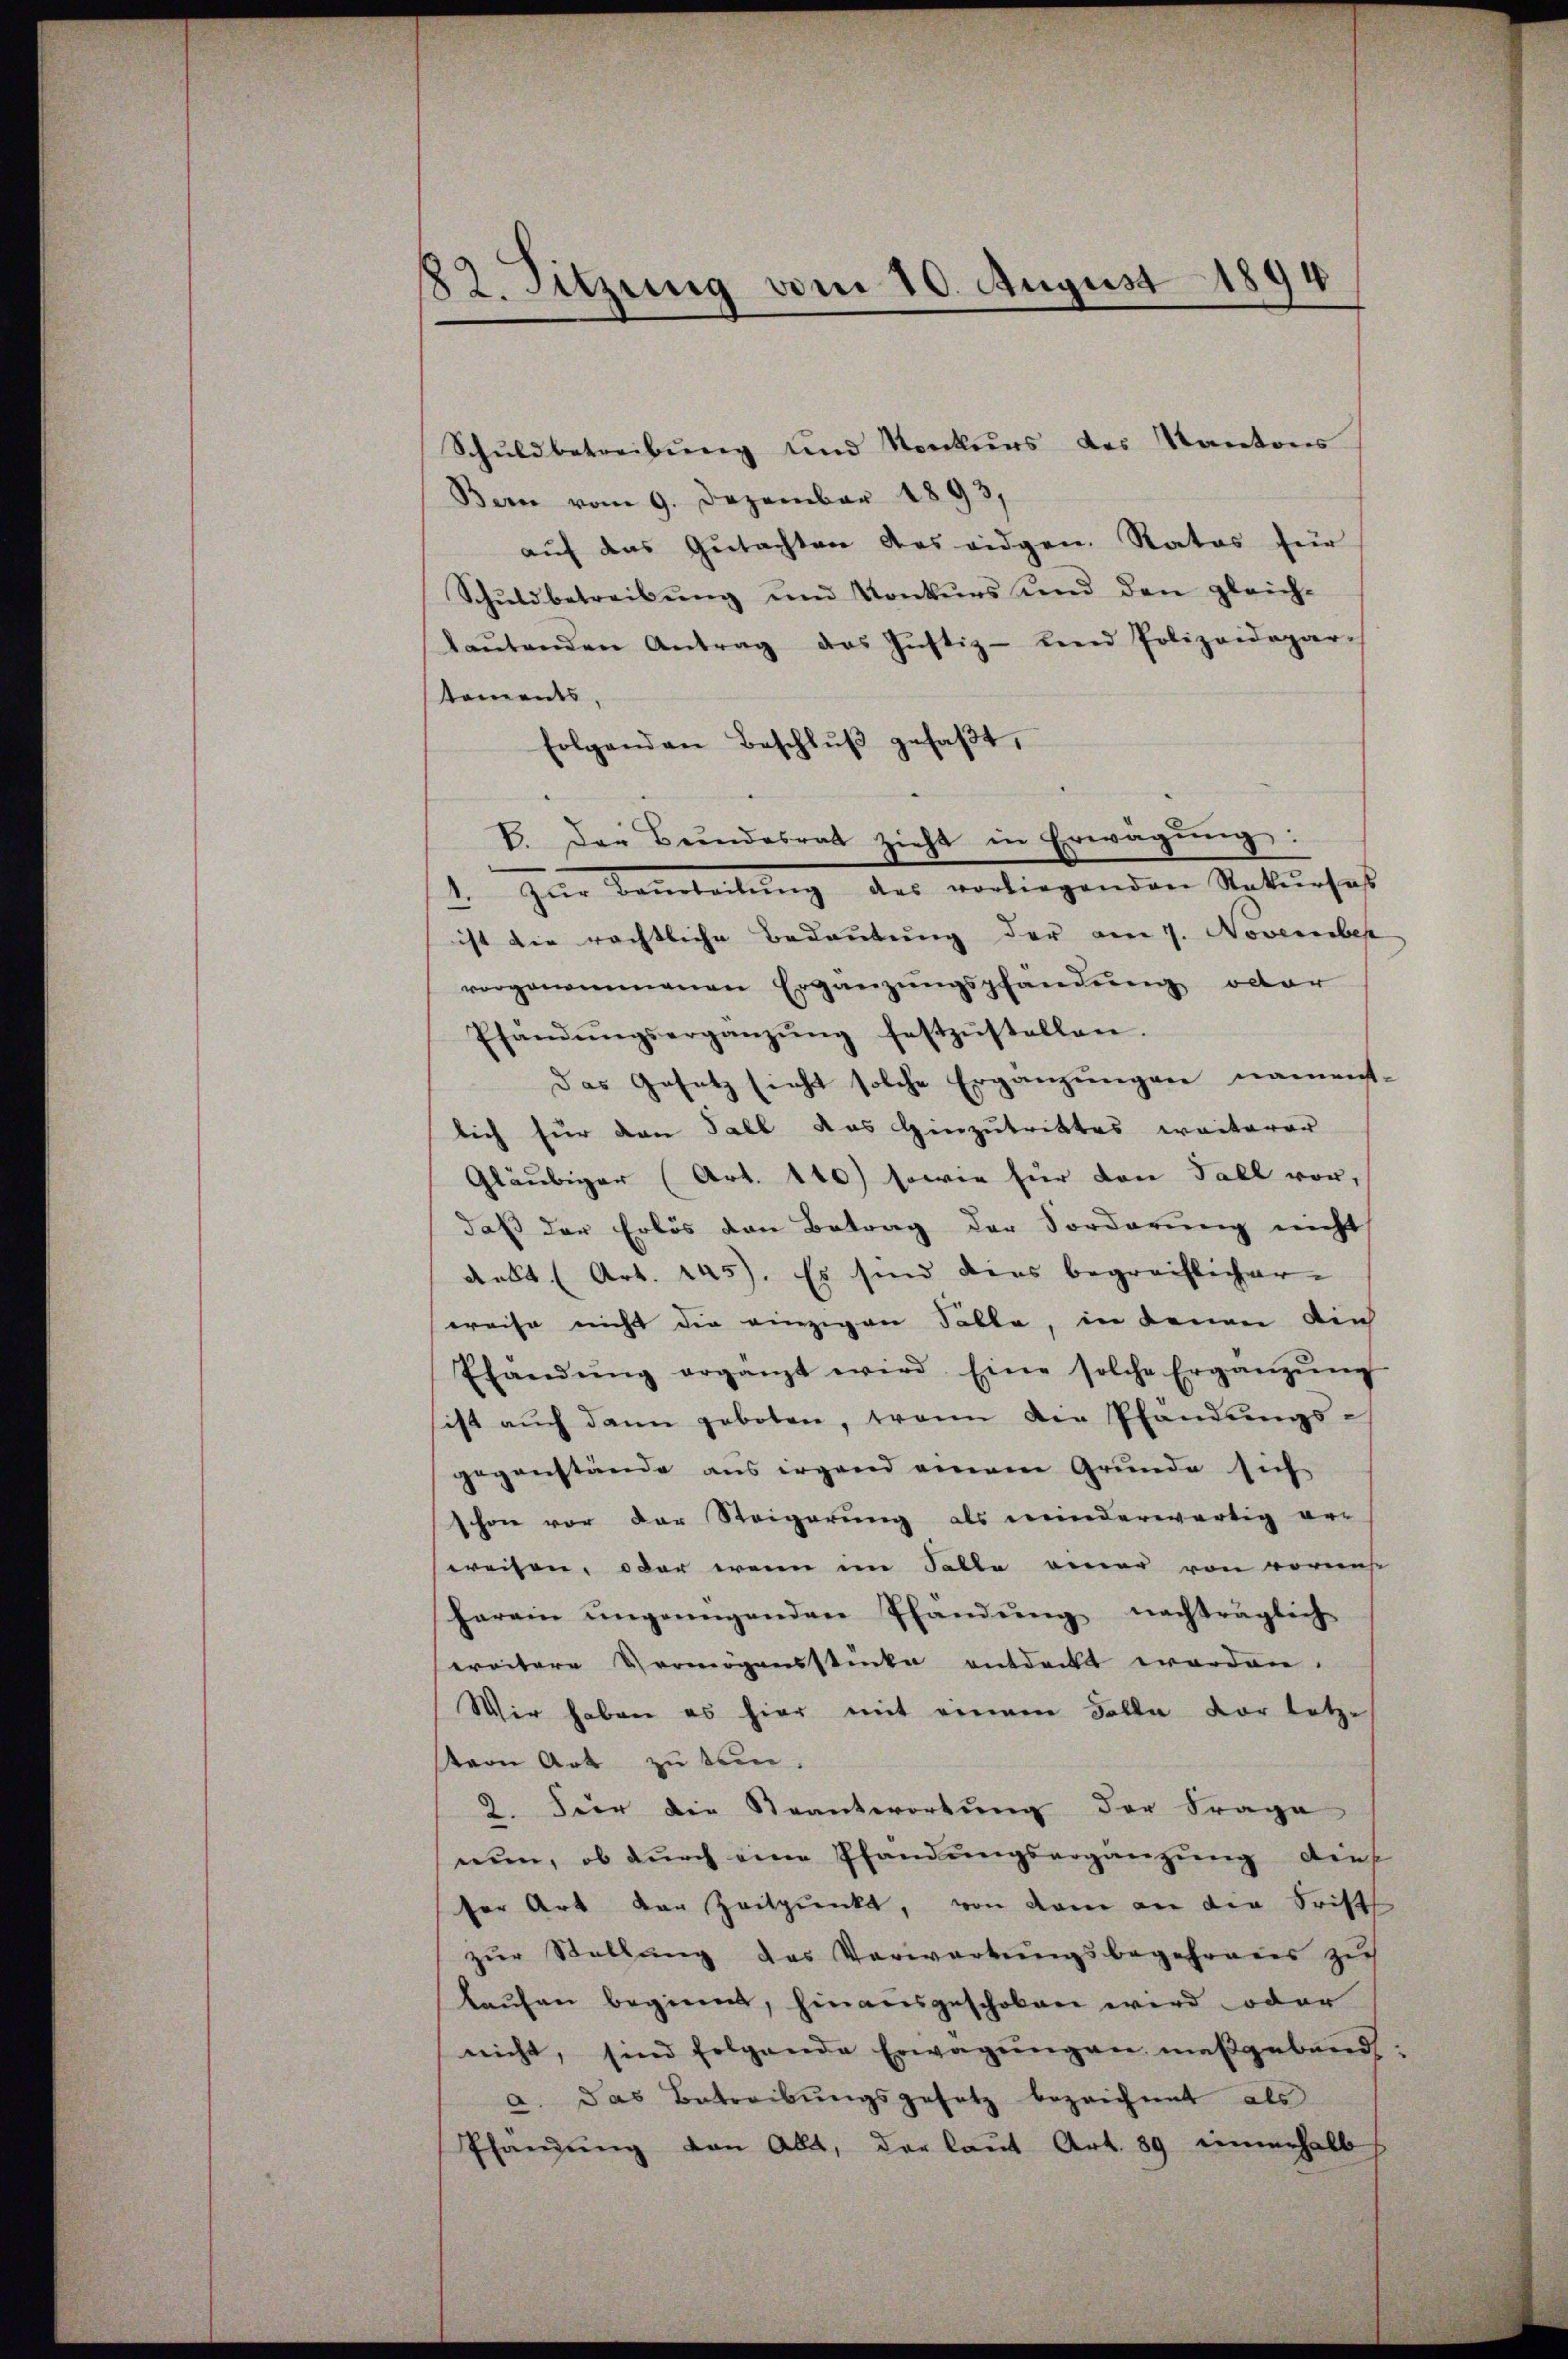
22. Sitzung vom 10. August 1894

Schuldbetreibung und Konkurs des Kantons
Bern vom 9. Dezember 1893,
auf das Gutachten des eidgen. Rates für
Schŭldbetreibŭng ŭnd Konkŭrs und den gleich-
baŭtenden Antrag des Justiz- und Polizeidepar-
koments,
folgenden Beschlŭβ gefaβt,
B. Der Bŭndesrat zieht in Erwägŭng:
1. Zur Benteilŭng des vorliegenden Rekurses
ist die rechtliche Bedeutung der am 7. November
vorgenommenen Ergänzungspfändung oder
Pfandŭngsergänzŭng festzŭstellen.
Das Gesetz sieht solche Ergänzungen nament-
lich für den Fall das Hinzutrittes weiterer
Gläubiger (Art. 110) sowie für den Fall vor,
daß der Erlös den Betrag der Forderung nicht
dekt. (Art. 245). Es sind dies begreiflicher
weise nicht die einzigen Falle, in denen die
Ehändŭng ergänzt wird. Eine solche Ergänzŭng
sist aŭch dann geboten, wann die Pfändungs-
gegenstände aus irgend einem Grunde sich
schon vor der Steigerung als minderwärtig er-
weisen, oder wenn im Falle einer von voraus
herein ungenügenden Pfandŭng nachträglich
ereitere Vermögensstücke entdeckt worden.
Wir haben es hier mit einem Falle vor letz-
tern Art zu tun.
2. Für die Steantwortung der Frage
nun, ob durch eine Pfandungsergänzung dies
fer Art vor Zeitpunkt, von dem an die Frist
zur Stellung des Verwartungsbegehrens zu
kaŭfen beginnt, hinausgeschoben wird oder
nicht, sind folgende Erwägŭngen maßgebend:
a. Das Betreibŭngsgesetz bezeichnet als
Pfandung von Alt, der laut Art. 89 einerhalb